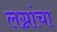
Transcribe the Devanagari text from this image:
लग्नांचा